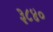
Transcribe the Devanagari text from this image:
३८४०